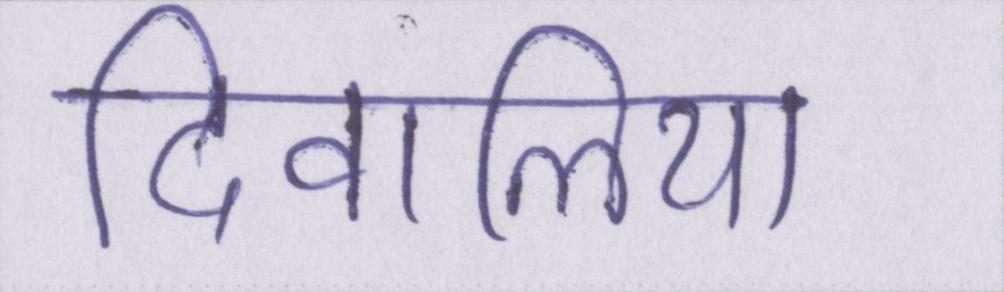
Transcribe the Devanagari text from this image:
दिवालिया